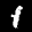
Label: 1